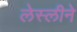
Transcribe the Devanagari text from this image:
लेस्‍लीने